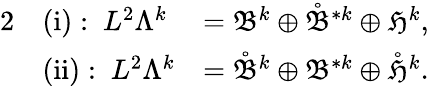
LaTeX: \begin{array}{rlr}{{2}}&{\mathrm{(i):~}L^{2}\Lambda^{k}}&{=\mathfrak{B}^{k}\oplus\mathring{\mathfrak{B}}^{\ast k}\oplus\mathfrak{H}^{k},}\\ &{\mathrm{(ii):~}L^{2}\Lambda^{k}}&{=\mathring{\mathfrak{B}}^{k}\oplus\mathfrak{B}^{\ast k}\oplus\mathring{\mathfrak{H}}^{k}.}\end{array}